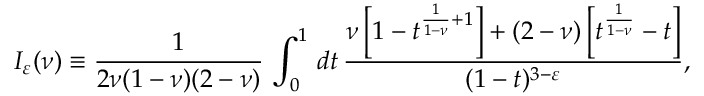
I _ { \varepsilon } ( \nu ) \equiv \frac { 1 } { 2 \nu ( 1 - \nu ) ( 2 - \nu ) } \, \int _ { 0 } ^ { 1 } \, d t \, \frac { \nu \left[ 1 - t ^ { \frac { 1 } { 1 - \nu } + 1 } \right] + ( 2 - \nu ) \left[ t ^ { \frac { 1 } { 1 - \nu } } - t \right] } { ( 1 - t ) ^ { 3 - \varepsilon } } ,